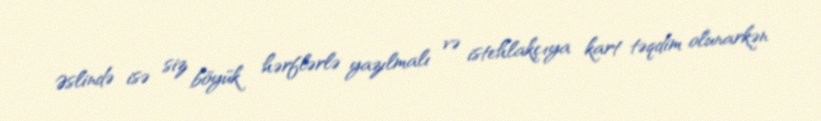
Əslində isə siz böyük hərflərlə yazılmalı və istehlakçıya kart təqdim olunarkən